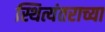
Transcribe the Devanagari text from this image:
स्थित्यंतराच्या